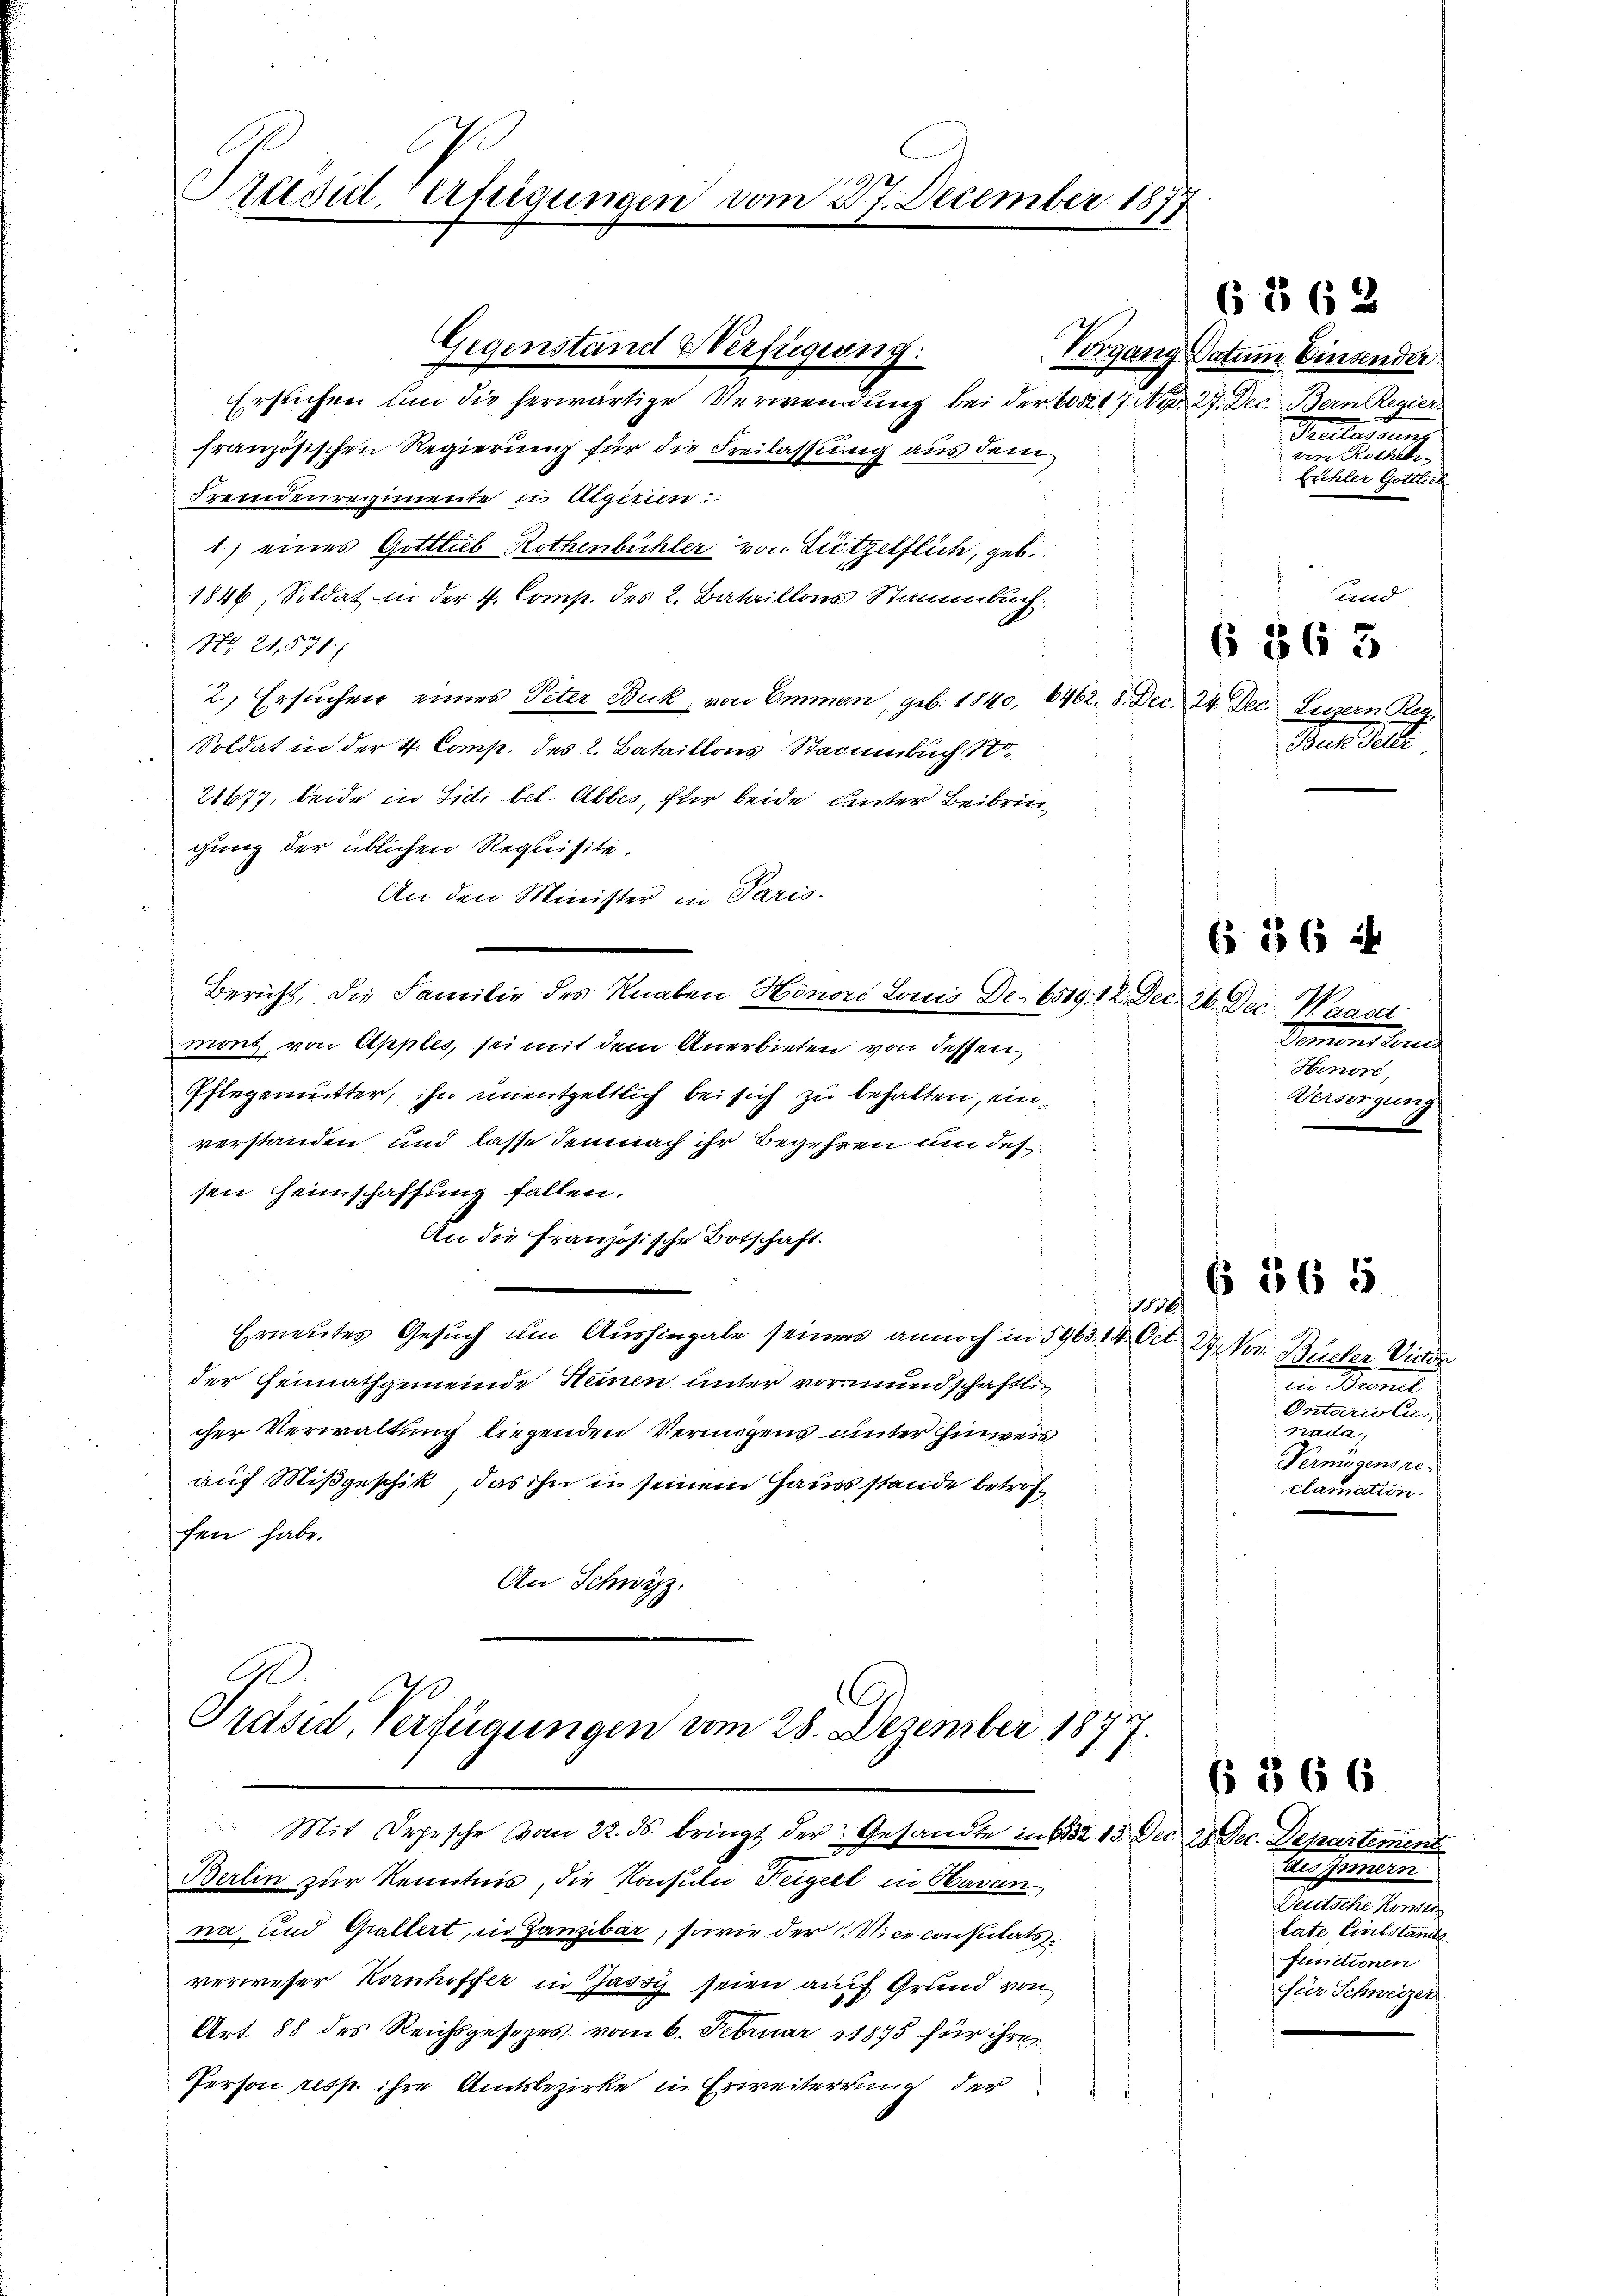
Präsid. Verfügungen vom 27. December 1877

Ersuchen um die herwärtige Verwendung bei der 608217. No. 27. Dec. Bern Regier
französischen Regierung für die Freilassung aus dem
Fremdenregimente in Algerien:
1.) eines Gottlieb Rothenbühler von Lützelflich, geb.
1846, Soldat in der 4. Comp. des 2. Bataillons Stammbuch
No. 21,571)
2.) Ersuchen eines Peter Buk, von Emmen, geb. 1840, 6462. 8. Dec. 24. Dec. Luzern Reg
Soldat in der 4. Comp. des L. Bataillons Staaumbuch No.
21677, beide in Sidibel- Abbes, für beide unter Beibringung der üblichen Requisite.
An den Minister in Paris.
Bericht, die Familie des Knaben Honore Louis Dr. 6519. 12. Dec. 26. Dec. Waadt
mont, von Apples, sei mit dem Anerbieten von dessen
Pflegemutter, ihn unentgeltlich bei sich zu behalten, einverstanden und lasse demnach ihr Begehren um des
sen Heimschaffung fallen.
An die Französische Botschaft.
1
Erneutes Gesuch um Aushingabe seines annoch in 5963. 14. Oct. 24. Nov. Büeler Victor
der Heimathgemeinde Heinen unter vormundschaftlic
cher Verwaltung liegenden Vermögens unter Hinweis
auf Mißgeschik, das ihn in seinem Haussstande betroffen habe.
An Schwyz.
.

Gegenstand Verfügung:

Präsid, Verfügungen vom 28. Dezember 1877.

Mit Depesche vom 22. ds. bringt der Gesandte in 632 13. Dec. 28. Dec. Departement

Berlin zur Kenntnis, die Konsuln Teigerl in Havan,
na und Gallert, in Zanzibar, sowie der Vice consulatsverweser Kornhoffer in Jassy seien auf Grund von
Art. 88 des Reichsgesezes vom 6. Februar 11895 für ihre
Person resp. ihre Amtsbezirke in Erweiterrung der

§362

Vorgang Datum Einsender.
Selladonn
 Rotheke
Erchler Gottlich

and
Buchhalte

6 863

6 § 6 u

Demonstande
Hinore,
Versorgung
8

in Bernel
Ontarii Cu-
7274108)
Vermögensreclamation.

565

§ 566

tus Innern
Deutsche Konste
tate, Civilstande
functionen
für Schweizer